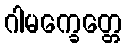
ဂါမက္ခေတ္တေ